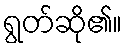
ရွတ်ဆို၏။